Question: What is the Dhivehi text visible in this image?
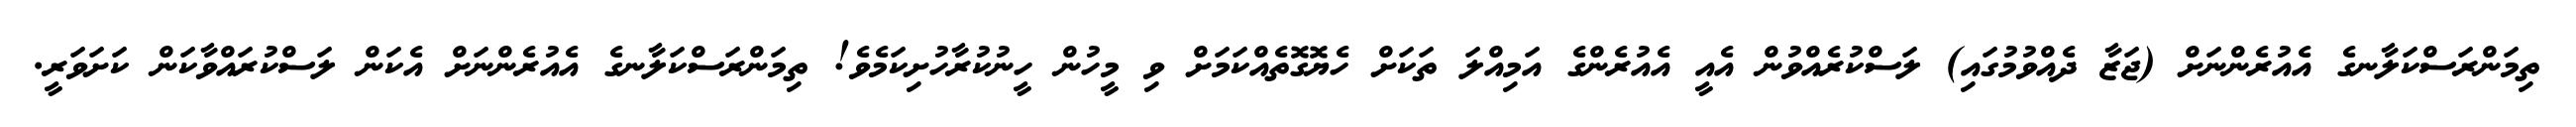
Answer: ތިމަންރަސްކަލާނގެ އެއުރެންނަށް (ޖަޒާ ދެއްވުމުގައި) ލަސްކުރެއްވުން އެއީ އެއުރެންގެ އަމިއްލަ ތަކަށް ހެޔޮގޮތެއްކަމަށް ވި މީހުން ހީނުކުރާހުށިކަމެވެ! ތިމަންރަސްކަލާނގެ އެއުރެންނަށް އެކަން ލަސްކުރައްވާކަން ކަށަވަރީ.